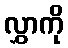
လွှာကို